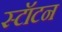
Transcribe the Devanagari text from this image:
स्टॉटन